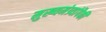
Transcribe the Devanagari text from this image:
मुख्यमंत्र्यांपैकी